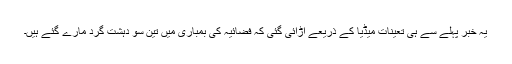
یہ خبر پہلے سے ہی تعینات میڈیا کے ذریعے اڑائی گئی کہ فضائیہ کی بمباری میں تین سو دہشت گرد مارے گئے ہیں۔